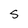
Character: 5